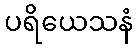
ပရိယေသနံ